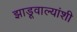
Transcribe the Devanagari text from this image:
झाडूवाल्यांशी